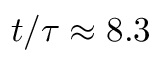
t / \tau \approx 8 . 3